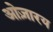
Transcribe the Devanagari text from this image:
ओज़ारय